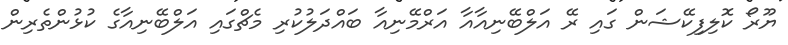
ޔޫރޯ ކޮލިފިކޭޝަން ގައި ރޭ އަލްބޭނިއާއާ އަރްމޭނިއާ ބައްދަލުކުރި މެޗްގައި އަލްބޭނިއާގެ ކުޅުންތެރިން